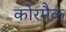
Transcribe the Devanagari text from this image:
कोरमैक